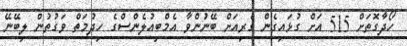
ހޯދާގޮތަށް 515 އަށް ގުޅައިގެން ގެރިއަށް ބޭނުންވާ އެމްބިއުލެންސްގެ ހިދުމަތް ވަގުތުން ލިބޭނޭ